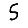
Digit: 5